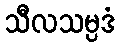
သီလသမ္ပဒံ